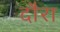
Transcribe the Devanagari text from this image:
दौरा